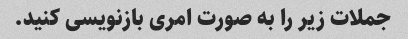
جملات زیر را به صورت امری بازنویسی کنید.